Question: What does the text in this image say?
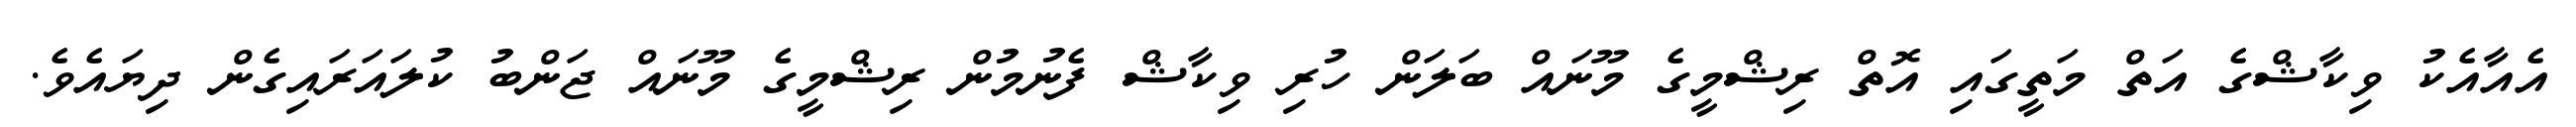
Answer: އެއާއެކު ވިކާޝްގެ އަތް މަތީގައި އޮތް ރިޝްމީގެ މޫނައް ބަލަން ހުރި ވިކާޝް ފެނުމުން ރިޝްމީގެ މޫނައް ޖަންބު ކުލައަރައިގެން ދިޔައެވެ.